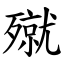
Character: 殧